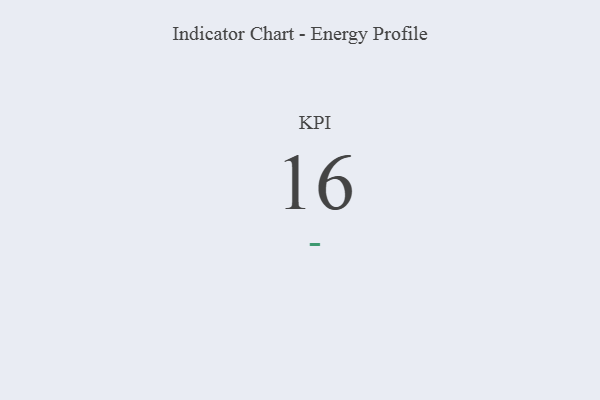
{"axis": {"x": "KPI", "y": "Value"}, "legend": [""], "data": [{"x": "KPI", "y": 16, "type": ""}]}